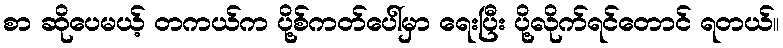
စာ ဆိုပေမယ့် တကယ်က ပို့စ်ကတ်ပေါ်မှာ ရေးပြီး ပို့လိုက်ရင်တောင် ရတယ်။